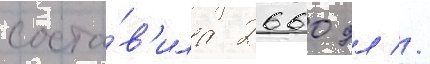
соста́в'ила 2660 дл //